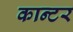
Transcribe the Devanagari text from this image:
कान्टर